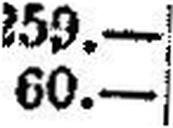
60.—